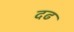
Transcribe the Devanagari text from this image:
दढ